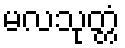
မလသုတ္တံ